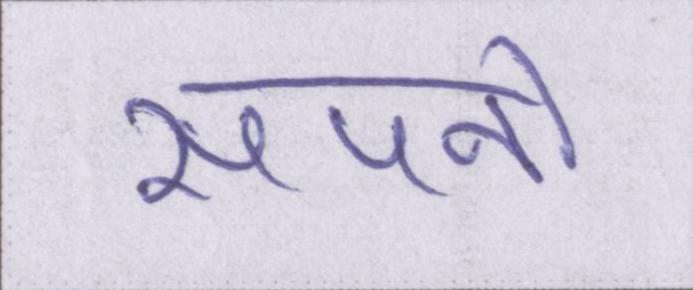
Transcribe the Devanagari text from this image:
सपनो